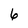
Character: 6